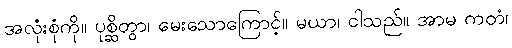
အလုံးစုံကို။ ပုစ္ဆိတွာ၊ မေးသောကြောင့်။ မယာ၊ ငါသည်။ အာမ ကတံ၊